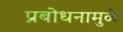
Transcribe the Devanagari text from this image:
प्रबोधनामुळे